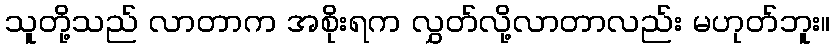
သူတို့သည် လာတာက အစိုးရက လွှတ်လို့လာတာလည်း မဟုတ်ဘူး။